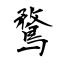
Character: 鶩